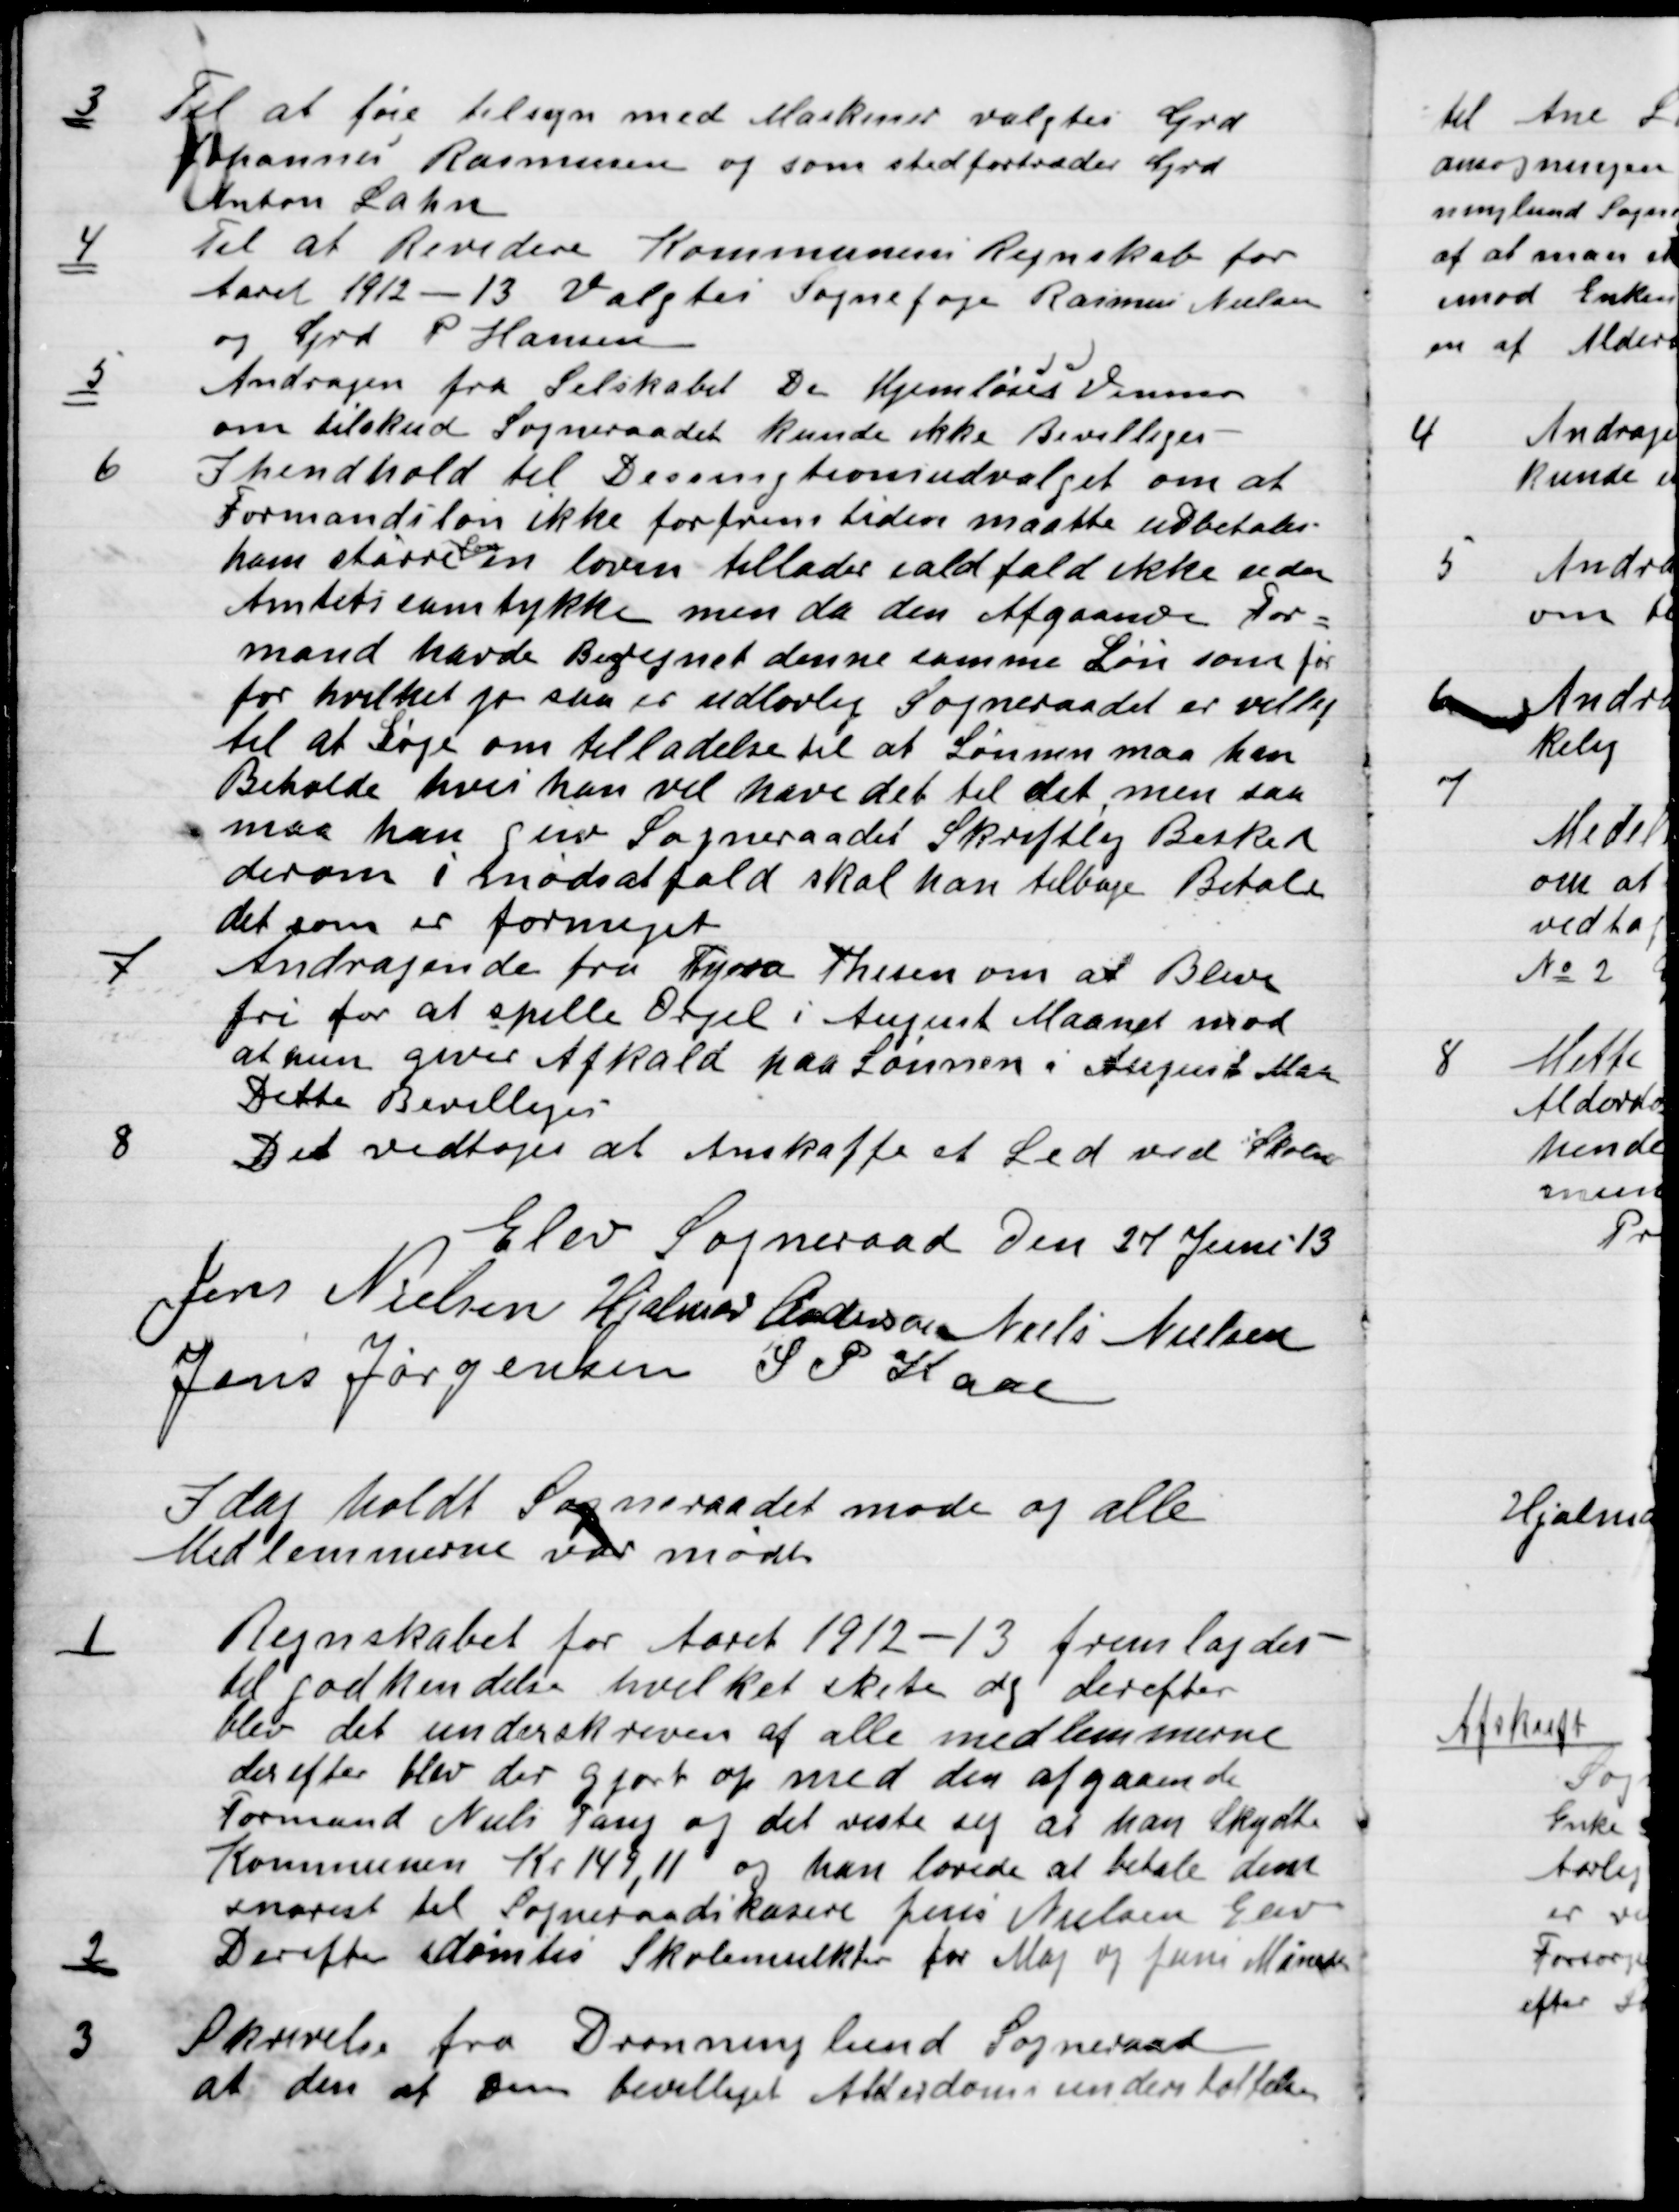
Transskription:
3

Til at føre tilsyn med Marker valgtes Grd.
Johannes Rasmussen og som stedfortræder Grd.
Anton Lahn.

4

Til at Revidere Kommunens Regnskab for
Aaret 1912-13 Valgtes Sognefoged Rasmus Nielsen
og Grd. P. Hansen.

5

Andragen fra Selskabet De Hjemløses Venner
om tilskud Sogneraadet kunde ikke bevilliges. –

6

I henhold til Dessiontromudvalget om at
Formands løn ikke for fremtiden maatte udbetales
ham større som en loven tillader i alt fald ikke uden
Amtets samtykke men da den Afgaaende For-
mand havde Beregnet denne samme Løn som før
for hvilket jo saa er ulovlig Sogneraadet er villig
til at Søge om tilladelse til at Lønnen maa han
Beholde hvis han vil havde det til det men saa
maa han give Sogneraadet Skriftlig Besked
derom i mod sat fald skal han tilbage Betale
det som er formeget.

7

Andragende fra Thyra Thisen om at Blive
fri for at spille Orgel i August Maaned mod
at hun giver Afkald paa Lønnen i August Maa
Dette Bevilligedes

8

Det vedtoges at Anskaffe et Led ved Skolen.

Elev Sogneraad Den 27 Juni 13

Hjalmar Andersen
Jens Nielsen
Niels Nielsen
Jens Jørgensen
S.S. Kaas

I dag holdt Sogneraadet Møde og alle
Medlemmerne var mødt.

1.

Regnskabet for Aaret 1912-13 fremlagdes
til godkendelse Hvilket skete dg derefter
blev det underskreven af alle medlemmerne
derefter blev der gjort op med den afgaaende
Formand Niels Tang og det viste sig at han Skyldte
Kommunen Kr. 149,11 og han lovede at betale dem
Snarest til Sognerraads kasserer Jens Nielsen Elev.

2

Derefter idømtes Skolemulkter for Maj og Juni Maaneder

3

Skrivelse fra Dronninglund Sogneraad
at den af Dem bevilliget Alderdomsunderstøttelse